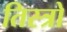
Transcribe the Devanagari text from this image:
तिस्त्रो